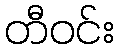
တီဝင်း